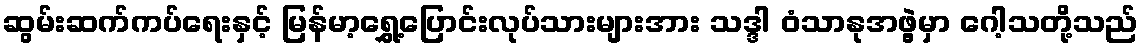
ဆွမ်းဆက်ကပ်ရေးနှင့် မြန်မာ့ရွှေ့ပြောင်းလုပ်သားများအား သဒ္ဒါ ဝံသာနုအဖွဲ့မှာ ဂေါ့သတို့သည်